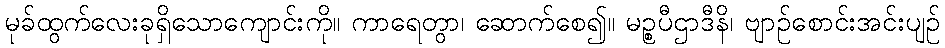
မုခ်ထွက်လေးခုရှိသောကျောင်းကို။ ကာရေတွာ၊ ဆောက်စေ၍။ မဉ္စပီဌာဒီနိ၊ ဗျာဉ်စောင်းအင်းပျဉ်